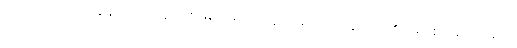
ယခင်ကဆိုလျှင် ကျွန်မသည် လူလားမြောက်ရန်အတွက် မိဘမောင်ဖွားများ၏ ပြုစုစောင့်ရှောက်မှုကို